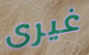
غيرى